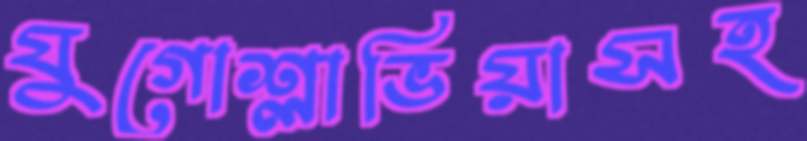
যুগোশ্লাভিয়াসহ